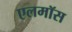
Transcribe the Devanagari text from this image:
एलमॉस